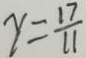
y = \frac { 1 7 } { 1 1 }